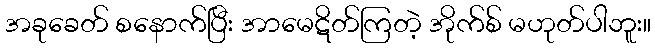
အခုခေတ် စနောက်ပြီး အာမေဋိတ်ကြတဲ့ အိုက်စ် မဟုတ်ပါဘူး။